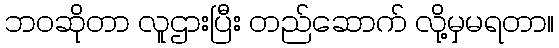
ဘဝဆိုတာ လူဌားပြီး တည်ဆောက် လို့မှမရတာ။